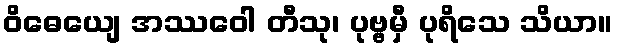
ဝိဓေယျေ အဿဝေါ တီသု၊ ပုဗ္ဗမှီ ပုရိသေ သိယာ။